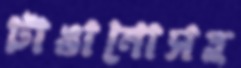
টাঙানোসহ